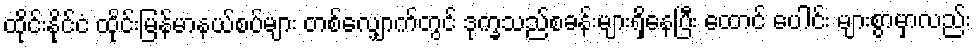
ထိုင်းနိုင်ငံ ထိုင်းမြန်မာနယ်စပ်များ တစ်လျှောက်တွင် ဒုက္ခသည်စခန်းများရှိနေပြီး ထောင် ပေါင်း များစွာမှာလည်း